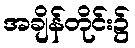
အချိန်တိုင်း၌